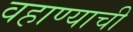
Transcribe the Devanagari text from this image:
वहाण्याची